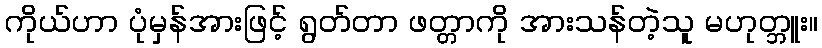
ကိုယ်ဟာ ပုံမှန်အားဖြင့် ရွတ်တာ ဖတ္တာကို အားသန်တဲ့သူ မဟုတ္ဘူး။